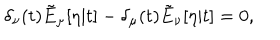
LaTeX: \delta _ { \nu } ( t ) \tilde { E } _ { \mu } [ \eta | t ] - \delta _ { \mu } ( t ) \tilde { E } _ { \nu } [ \eta | t ] = 0 ,